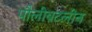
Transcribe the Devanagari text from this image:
पौलीबटलीन